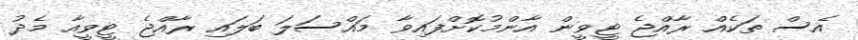
އެސް ތަކެއް ރާއްޖެ ޓީވީން އާންމުކޮށްފައިވާ މައްސަލަ ބަލައި ރާއްޖެ ޓީވީއާ މެދު